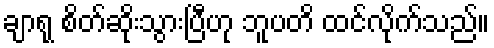
ချာရု စိတ်ဆိုးသွားပြီဟု ဘူပတိ ထင်လိုက်သည်။